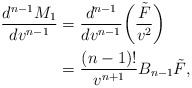
\begin{align*} \frac{d^{n-1}M_1}{dv^{n-1}}&=\frac{d^{n-1}}{dv^{n-1}}\bigg(\frac{\tilde{F}}{v^2}\bigg)\\&=\frac{(n-1)!}{v^{n+1}}B_{n-1}\tilde{F},\end{align*}